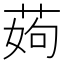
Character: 𦰰